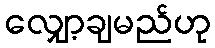
လျှော့ချမည်ဟု